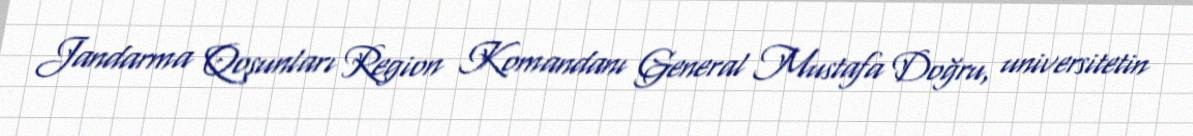
Jandarma Qoşunları Region Komandanı General Mustafa Doğru, universitetin